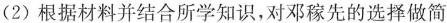
(2)根据材料并结合所学知识，对邓稼先的选择做简